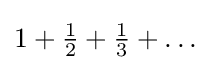
1+{\tfrac {1}{2}}+{\tfrac {1}{3}}+\dots